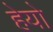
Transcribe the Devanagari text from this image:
हेयो